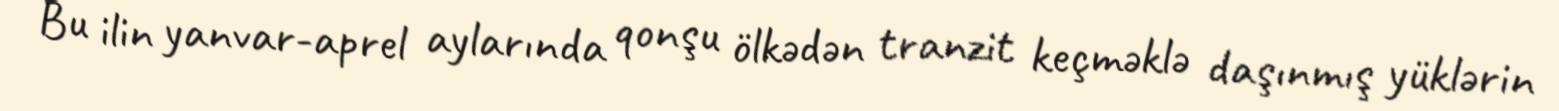
Bu ilin yanvar-aprel aylarında qonşu ölkədən tranzit keçməklə daşınmış yüklərin